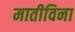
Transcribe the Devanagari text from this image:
मातीविना